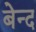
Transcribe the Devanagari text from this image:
बेन्द